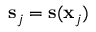
{ \bf s } _ { j } = { \bf s } ( { \bf x } _ { j } )